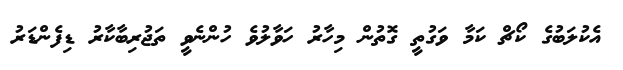
އެކުލަބުގެ ކޯޗް ކަމާ ވަގުތީ ގޮތުން މިހާރު ހަވާލުވެ ހުންނެވީ ތަޖުރިބާކާރު ޑިފެންޑަރު